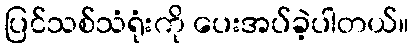
ပြင်သစ်သံရုံးကို ပေးအပ်ခဲ့ပါတယ်။